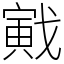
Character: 戭